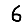
Digit: 6